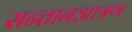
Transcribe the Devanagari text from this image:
सन्तानआत्रण